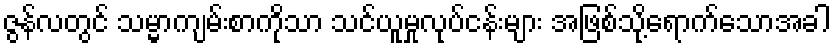
ဇွန်လတွင် သမ္မာကျမ်းစာကိုသာ သင်ယူမှုလုပ်ငန်းများ အဖြစ်သို့ရောက်သောအခါ